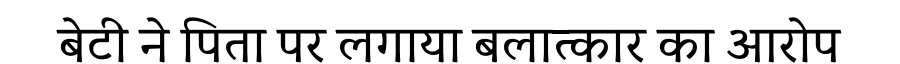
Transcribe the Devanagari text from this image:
बेटी ने पिता पर लगाया बलात्कार का आरोप